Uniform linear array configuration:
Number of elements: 4
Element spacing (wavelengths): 1
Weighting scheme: exponential
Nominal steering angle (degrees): -60
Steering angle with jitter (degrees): -61.736
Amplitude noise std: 0.05
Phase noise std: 0.05

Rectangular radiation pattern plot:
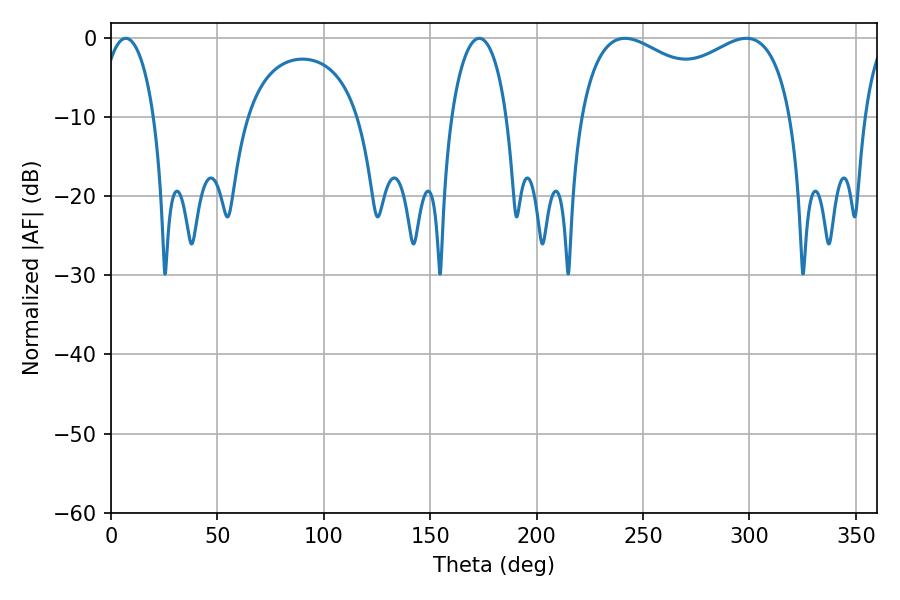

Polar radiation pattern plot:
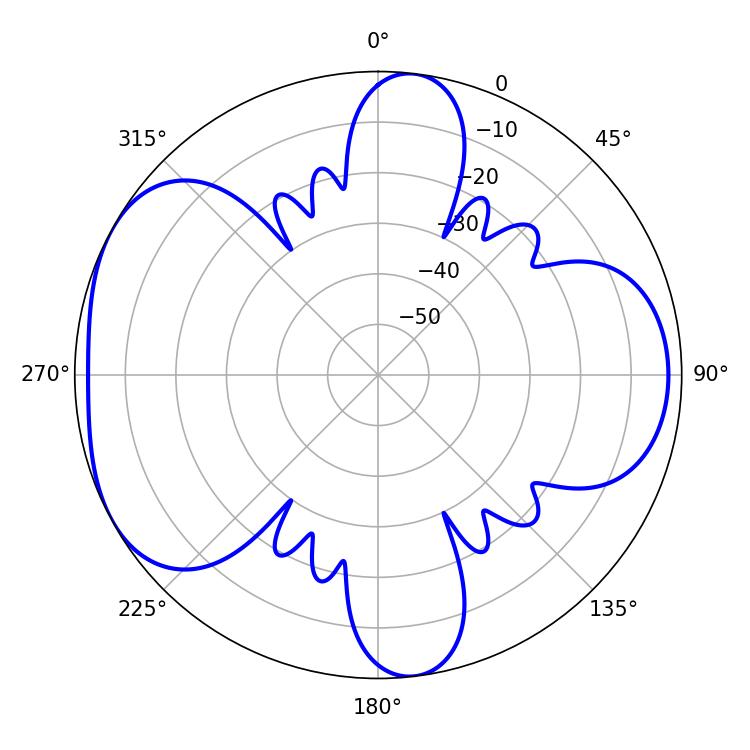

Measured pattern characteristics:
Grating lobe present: TRUE
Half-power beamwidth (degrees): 82.8
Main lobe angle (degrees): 241.56